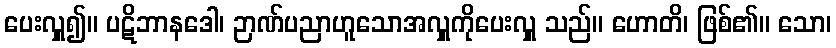
ပေးလှူ၍။ ပဋိဘာနဒေါ၊ ဉာဏ်ပညာဟူသောအလှူကိုပေးလှူ သည်။ ဟောတိ၊ ဖြစ်၏။ သော၊